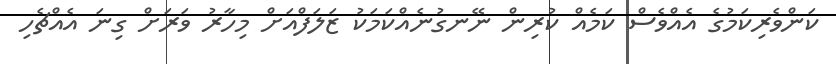
ކަންވެރިކަމުގެ އެއްވެސް ކަމެއް ކުރިން ނޭނގުނެއްކަމަކު ޒަލަފްއަށް މިހާރު ވަރަށް ގިނަ އެއްޗެހި